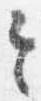
令